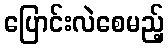
ပြောင်းလဲစေမည့်